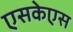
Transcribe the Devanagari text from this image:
एसकेएस